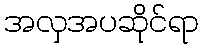
အလှအပဆိုင်ရာ